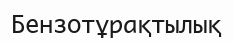
Бензотұрақтылық